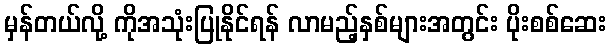
မှန်တယ်လို့ ကိုအသုံးပြုနိုင်ရန် လာမည့်နှစ်များအတွင်း ပိုးစစ်ဆေး